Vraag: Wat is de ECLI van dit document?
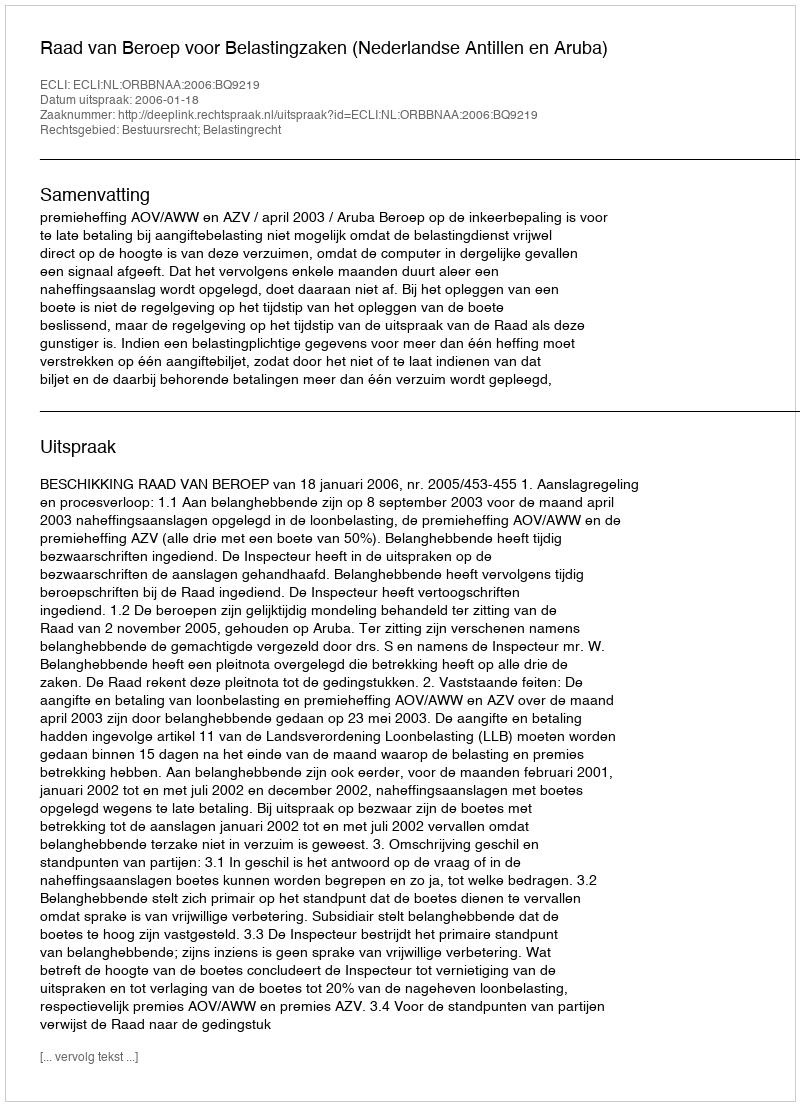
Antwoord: ECLI:NL:ORBBNAA:2006:BQ9219